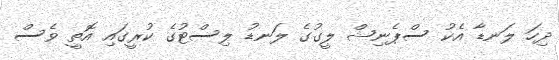
ދިހަ ލަނޑާ އެކު ސްޕެނިޝް ލީގުގެ ލަނޑު ލިސްޓުގެ ކުރީގައި އޮތީ ވެސް